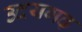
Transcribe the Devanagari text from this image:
उदयगढ़